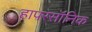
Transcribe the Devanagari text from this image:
हापरसॉनिक